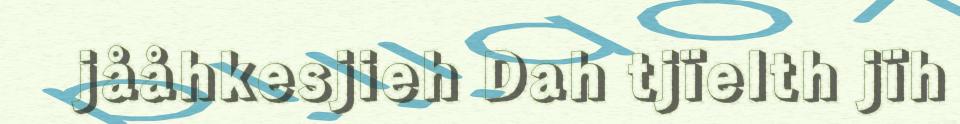
jååhkesjieh Dah tjïelth jïh